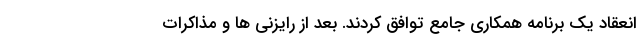
انعقاد یک برنامه همکاری جامع توافق کردند. بعد از رایزنی ها و مذاکرات